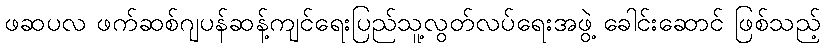
ဖဆပလ ဖက်ဆစ်ဂျပန်ဆန့်ကျင်ရေးပြည်သူ့လွတ်လပ်ရေးအဖွဲ့ ခေါင်းဆောင် ဖြစ်သည့်